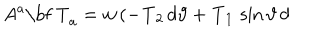
A ^ { a } \mathrm { \bf ~ T } _ { a } = w \, ( - { \bf T } _ { 2 } \, d \vartheta + { \bf T } _ { 1 } \, \sin \vartheta \, d